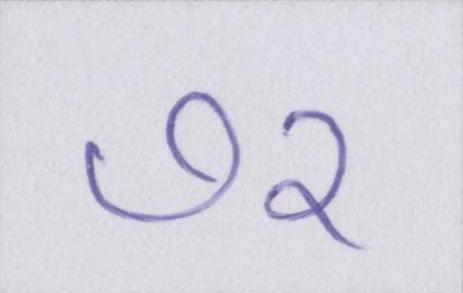
७२